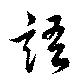
語